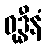
ဝုဒ္ဓီနံ